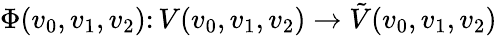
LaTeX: \Phi(v_{0},v_{1},v_{2})\colon V(v_{0},v_{1},v_{2})\to\tilde{V}(v_{0},v_{1},v_{2})